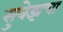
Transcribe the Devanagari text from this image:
सुवेझचा